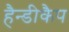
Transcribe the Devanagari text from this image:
हैन्डीकैप